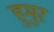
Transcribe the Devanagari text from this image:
हुमुर